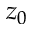
z _ { 0 }